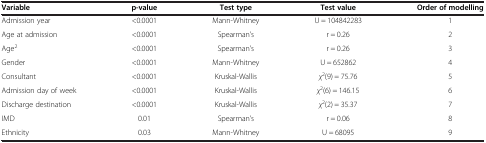
| Variable | p-value | Test type | Test value | Order of modelling |
 | --- | --- | --- | --- | --- |
 | Admission year | <0.0001 | Mann-Whitney | U = 104842283 | 1 |
 | Age at admission | <0.0001 | Spearman’s | r = 0.26 | 2 |
 | Age2 | <0.0001 | Spearman's | r = 0.26 | 3 |
 | Gender | <0.0001 | Mann-Whitney | U = 652862 | 4 |
 | Consultant | <0.0001 | Kruskal-Wallis | χ2(9) = 75.76 | 5 |
 | Admission day of week | <0.0001 | Kruskal-Wallis | χ2(6) = 146.15 | 6 |
 | Discharge destination | <0.0001 | Kruskal-Wallis | χ2(2) = 35.37 | 7 |
 | IMD | 0.01 | Spearman’s | r = 0.06 | 8 |
 | Ethnicity | 0.03 | Mann-Whitney | U = 68095 | 9 |